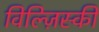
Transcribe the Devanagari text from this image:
विल्ज़िस्की